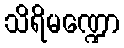
သိရိမဏ္ဍော